Scientific memoirs by medical officers of the Army of India - Part VIII,
Year: 1894
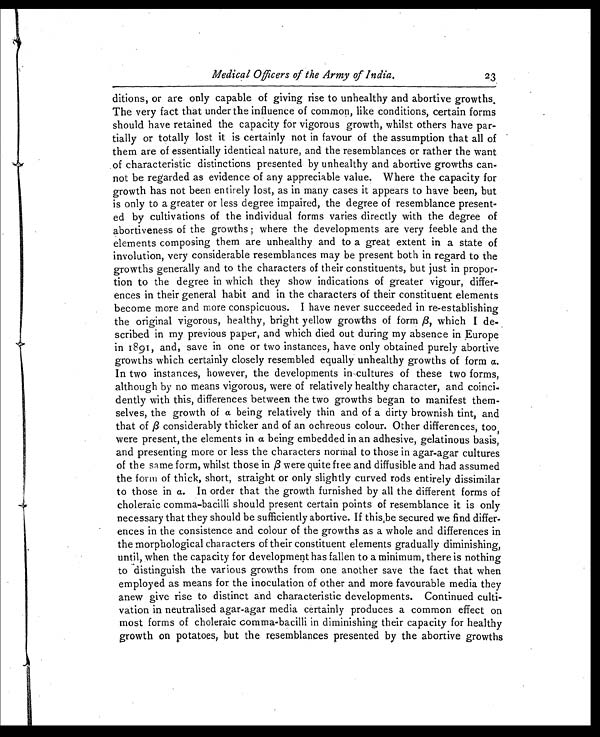
Medical Officers of the Army of India.
2 3
ditions, or are only capable of giving rise to unhealthy and abortive growths.
The very fact that under the influence of common, like conditions, certain forms
should have retained the capacity for vigorous growth, whilst others have par-
tially or totally lost it is certainly not in favour of the assumption that all of
them are of essentially identical nature, and the resemblances or rather the want
of characteristic distinctions presented by unhealthy and abortive growths can-
not be regarded as evidence of any appreciable value. Where the capacity for
growth has not been entirely lost, as in many cases it appears to have been, but
is only to a greater or less degree impaired, the degree of resemblance present-
ed by cultivations of the individual forms varies directly with the degree of
abortiveness of the growths ; where the developments are very feeble and the
elements composing them are unhealthy and to a great extent in a state of
involution, very considerable resemblances may be present both in regard to the
growths generally and to the characters of their constituents, but just in propor-
tion to the degree in which they show indications of greater vigour, differ-
ences in their general habit and in the characters of their constituent elements
become more and more conspicuous. I have never succeeded in re-establishing
the original vigorous, healthy, bright yellow growths of form β , which I de-
scribed in my previous paper, and which died out during my absence in Europe
in 18 91, and, save in one or two instances, have only obtained purely abortive
growths which certainly closely resembled equally unhealthy growths of form α .
In two instances, however, the developments in cultures of these two forms,
although by no means vigorous, were of relatively healthy character, and coinci-
dently with this, differences between the two growths began to manifest them-
selves, the growth of α being relatively thin and of a dirty brownish tint, and
that of β considerably thicker and of an ochreous colour. Other differences, too,
were present, the elements in α being embedded in an adhesive, gelatinous basis,
and presenting more or less the characters normal to those in agar-agar cultures
of the same form, whilst those in β were quite free and diffusible and had assumed
the form of thick, short, straight or only slightly curved rods entirely dissimilar
to those in α . In order that the growth furnished by all the different forms of
choleraic comma-bacilli should present certain points of resemblance it is only
necessary that they should be sufficiently abortive. If this be secured we find differ-
ences in the consistence and colour of the growths as a whole and differences in
the morphological characters of their constituent elements gradually diminishing,
until, when the capacity for development has fallen to a minimum, there is nothing
to distinguish the various growths from one another save the fact that when
employed as means for the inoculation of other and more favourable media they
anew give rise to distinct and characteristic developments. Continued culti-
vation in neutralised agar-agar media certainly produces a common effect on
most forms of choleraic comma-bacilli in diminishing their capacity for healthy
growth on potatoes, but the resemblances presented by the abortive growths